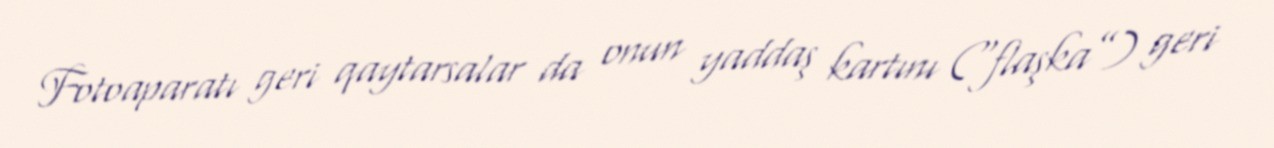
Fotoaparatı geri qaytarsalar da onun yaddaş kartını (“flaşka”) geri